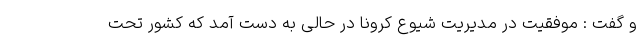
و گفت : موفقیت در مدیریت شیوع کرونا در حالی به دست آمد که کشور تحت